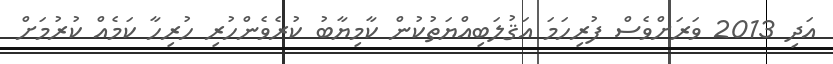
އަދި 2013 ވަރަށްވެސް ފުރިހަމަ އަޤުލަބިއްޔަތުކުން ކާމިޔާބު ކުރެވެންހުރި ހުރިހާ ކަމެއް ކުރުމަށް